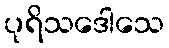
ပုရိသဒေါသေ